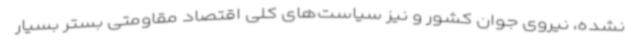
نشده، نیروی جوان کشور و نیز سیاست‌های کلی اقتصاد مقاومتی بستر بسیار